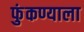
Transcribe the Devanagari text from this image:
फुंकण्याला